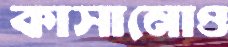
কাসানোও